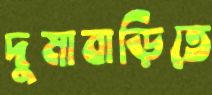
দুমাবাড়িতে